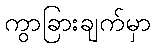
ကွာခြားချက်မှာ